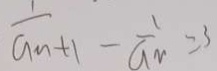
\frac { 1 } { a _ { n } + 1 } - \frac { 1 } { a _ { r } } = 3